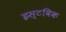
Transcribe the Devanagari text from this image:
इस्टविक